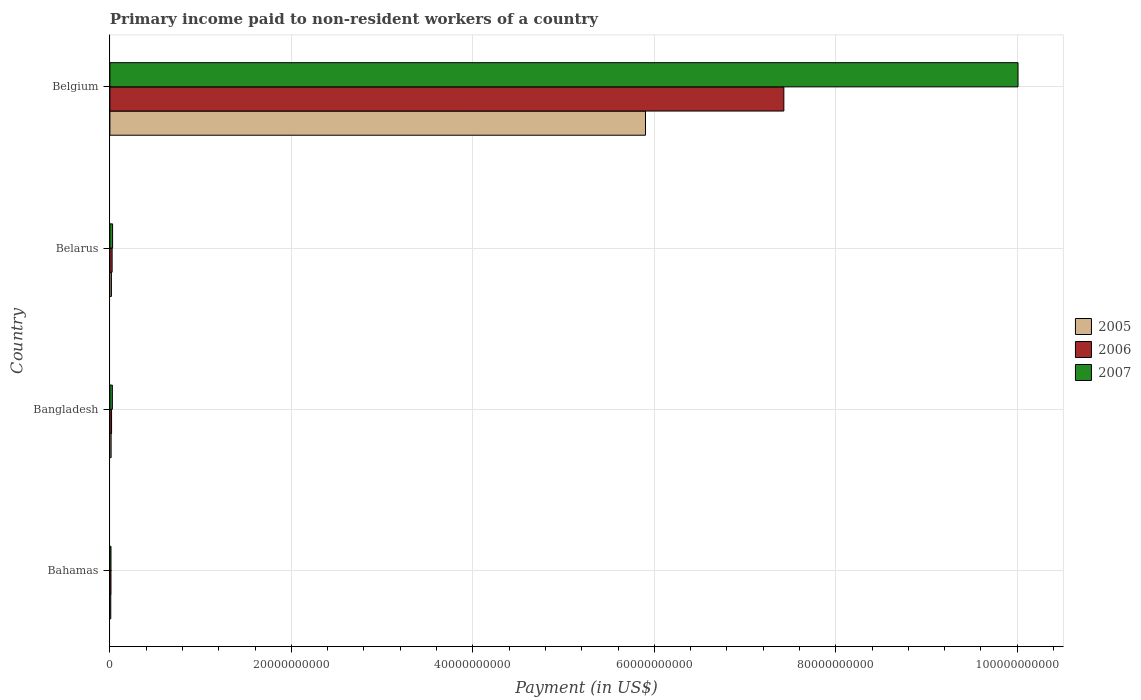
| Country | 2005 | 2006 | 2007 |
 | --- | --- | --- | --- |
 | Bahamas | 9.7e+07 | 1.19e+08 | 1.21e+08 |
 | Bangladesh | 1.35e+08 | 1.84e+08 | 2.72e+08 |
 | Belarus | 1.68e+08 | 2.47e+08 | 2.97e+08 |
 | Belgium | 5.9e+10 | 7.43e+10 | 1e+11 |